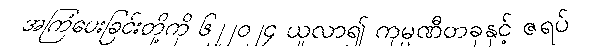
အကြံပေးခြင်းတို့ကို ၆၂၂၀၂၄ ယူလာ၍ ကုမ္ပဏီတခုနှင့် ဇရပ်